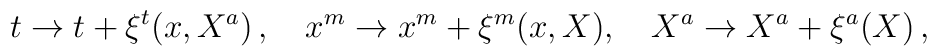
t \rightarrow t + \xi^t(x, X^a)\,,\quad x^m  \rightarrow x^m +  \xi^m(x,X),\quad X^a \rightarrow X^a + \xi^a(X)\,,